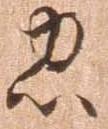
忠